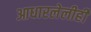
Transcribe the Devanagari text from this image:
आधारलेलीही